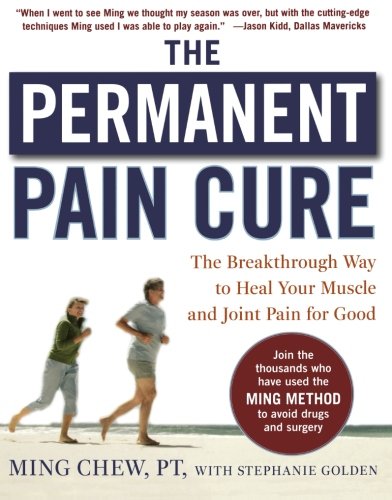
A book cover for The Permanent Pain Cure: The Breakthrough Way to Heal Your Muscle and Joint Pain for Good (PB); Ming Chew; Health, Fitness & Dieting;